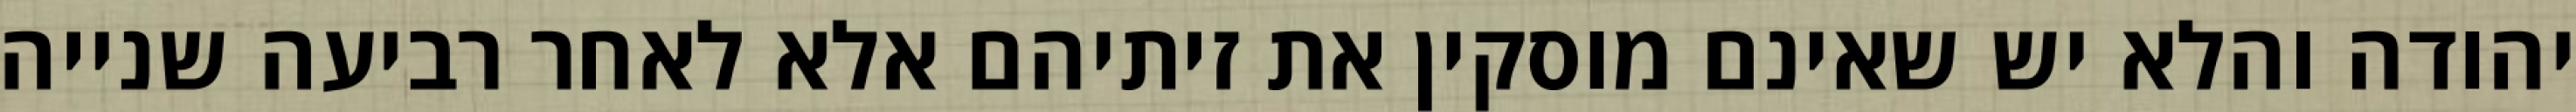
יהודה והלא יש שאינם מוסקין את זיתיהם אלא לאחר רביעה שנייה